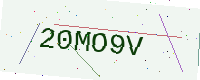
Text: 20MO9V